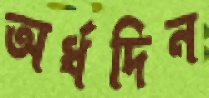
অর্ধদিন